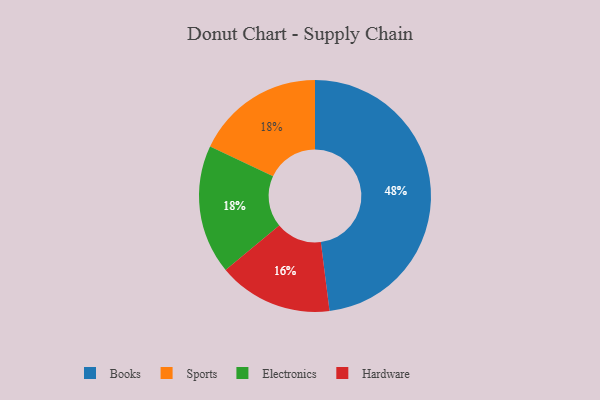
{"axis": {"x": "Category", "y": "Percentage"}, "legend": ["Books", "Electronics", "Hardware", "Sports"], "data": [{"x": "Sports", "y": 18, "type": "Sports"}, {"x": "Hardware", "y": 16, "type": "Hardware"}, {"x": "Electronics", "y": 18, "type": "Electronics"}, {"x": "Books", "y": 48, "type": "Books"}]}